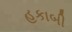
હકાબી